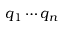
q _ { 1 } \cdots q _ { n }